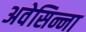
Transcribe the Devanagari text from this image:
अवेसिन्ना